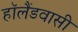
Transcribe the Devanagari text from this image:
हॉलैंडवासी